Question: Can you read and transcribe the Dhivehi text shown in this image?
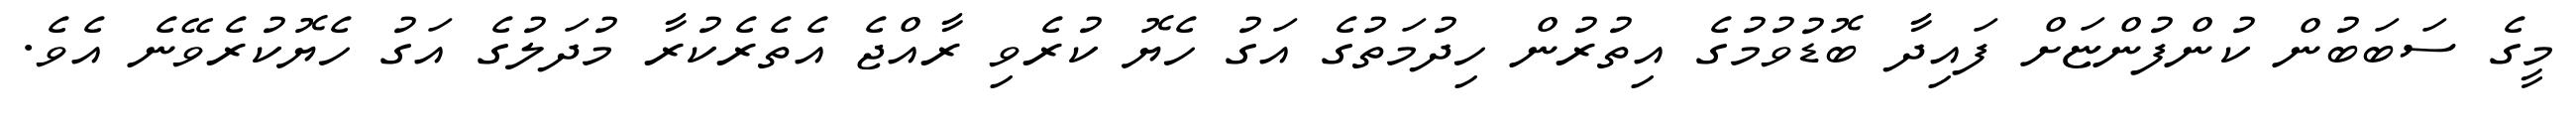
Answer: މީގެ ސަބަބުން ކުންފުންޏަށް ފައިދާ ބޮޑުވުމުގެ އިތުރުން ހިދުމަތުގެ އަގު ހެޔޮ ކުރެވި ރާއްޖެ އެތެރެކުރާ މުދަލުގެ އަގު ހެޔޮކުރެވޭނެ އެވެ.